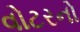
વોટરનો